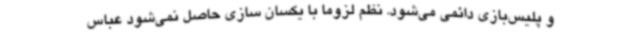
و پلیس‌بازی دائمی می‌شود. نظم لزوما با یکسان سازی حاصل نمی‌شود عباس